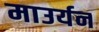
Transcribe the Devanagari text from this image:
माउर्यन